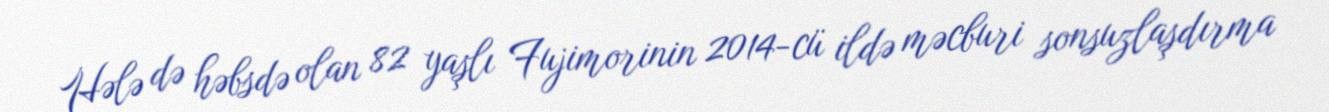
Hələ də həbsdə olan 82 yaşlı Fujimorinin 2014-cü ildə məcburi sonsuzlaşdırma